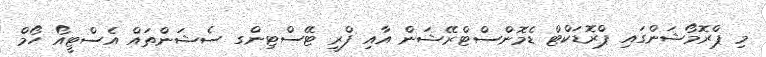
މި ޕްރޮމޯޝަންގައި ޕްރޮޑަކްޓް ޑެމޮންސްޓްރޭޝަން އާއި ފްރީ ޓޭސްޓިންގ ސެޝަންތައް އެސްޓީއޯ ހޯމް